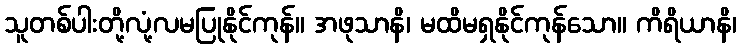
သူတစ်ပါးတို့လုံ့လမပြုနိုင်ကုန်။ အဖုသာနိ၊ မထိမရှနိုင်ကုန်သော။ ကိရိယာနိ၊